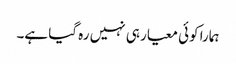
ہمارا کوئی معیار ہی نہیں رہ گیا ہے۔